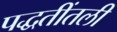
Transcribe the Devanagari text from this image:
पद्धतींतली